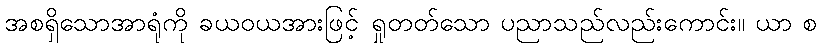
အစရှိသောအာရုံကို ခယဝယအားဖြင့် ရှုတတ်သော ပညာသည်လည်းကောင်း။ ယာ စ